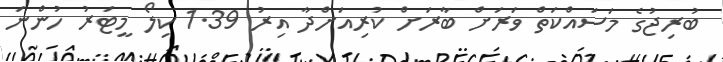
ބުރިޖުގެ މަސައްކަތް ވަރަށް ބާރަށް ކުރިއަށްދާ އިރު 1.39 ކިލޯ މީޓަރު ހުންނަ